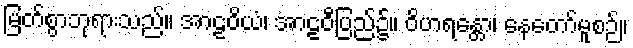
မြတ်စွာဘုရားသည်။ အာဠဝိယံ၊ အာဠဝီပြည်၌။ ဝိဟရန္တော၊ နေတော်မူစဉ်။